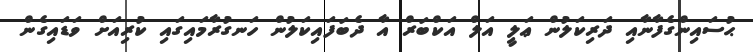
ޙުސައިންގެފާނާއި ދަރިކަލުން ޢަލީ އަލް އަކްބަރް އާ ދެބަފައިކަލުން ހަނގުރާމައިގައި ކުރިއަށް ވަޑައިގެން